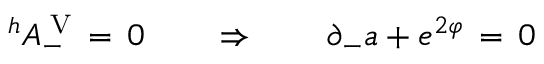
^ h A _ { - } ^ { \mathrm { \tiny ~ V } } \, = \, 0 \qquad \Rightarrow \qquad \partial _ { - } a + e ^ { 2 \varphi } \, = \, 0